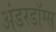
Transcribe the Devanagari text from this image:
अंडरडॉग्स